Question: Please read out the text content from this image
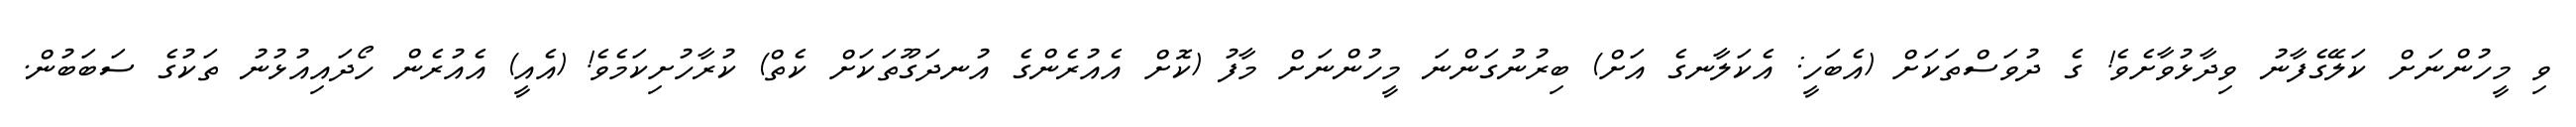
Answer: ވި މީހުންނަށް ކަލޭގެފާނު ވިދާޅުވާށެވެ! ގެ ދުވަސްތަކަށް (އެބަހީ: އެކަލާނގެ އަށް) ބިރުނުގަންނަ މީހުންނަށް މާފު (ކޮށް އެއުރެންގެ އުނދަގޫތަކަށް ކެތް) ކުރާހުށިކަމެވެ! (އެއީ) އެއުރެން ހޯދައިއުޅުނު ތަކުގެ ސަބަބުން.